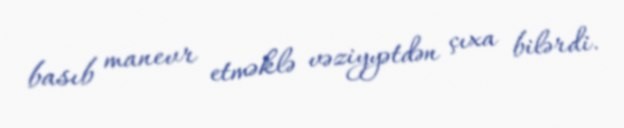
basıb manevr etməklə vəziyyətdən çıxa bilərdi.